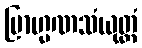
ဗြာဟ္မဏသံယုတ္တံ